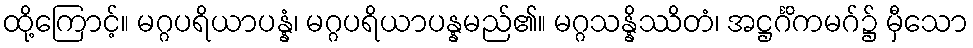
ထို့ကြောင့်။ မဂ္ဂပရိယာပန္နံ၊ မဂ္ဂပရိယာပန္နမည်၏။ မဂ္ဂသန္နိဿိတံ၊ အဋ္ဌင်္ဂိကမဂ်၌ မှီသော